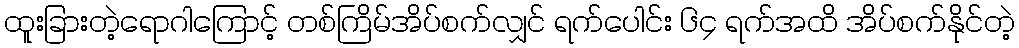
ထူးခြားတဲ့ရောဂါကြောင့် တစ်ကြိမ်အိပ်စက်လျှင် ရက်ပေါင်း ၆၄ ရက်အထိ အိပ်စက်နိုင်တဲ့